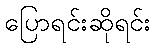
ပြောရင်းဆိုရင်း